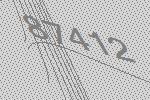
87412